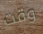
وقت